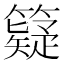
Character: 籎